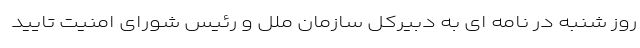
روز شنبه در نامه ای به دبیرکل سازمان ملل و رئیس شورای امنیت تایید